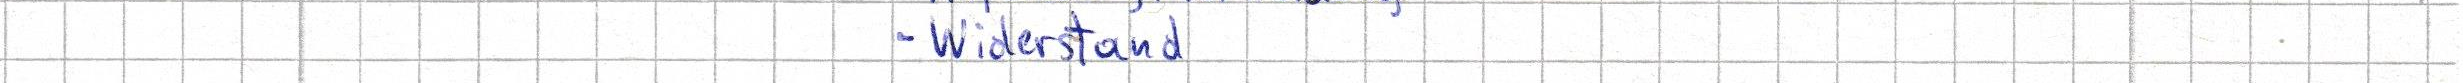
- Widerstand